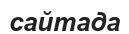
сайтада